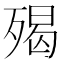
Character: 𣨵